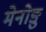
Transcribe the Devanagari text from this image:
मेनोङु